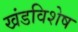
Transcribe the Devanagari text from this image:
खंडविशेष